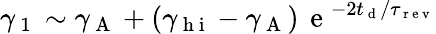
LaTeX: \gamma_{\mathrm{~1~}}\sim\gamma_{\mathrm{~A~}}+(\gamma_{\mathrm{~h~i~}}-\gamma_{\mathrm{~A~}})\, \mathrm{~e~}^{-2t_{\mathrm{~d~}}/\tau_{\mathrm{~r~e~v~}}}